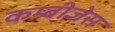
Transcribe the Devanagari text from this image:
कम्बीजेस